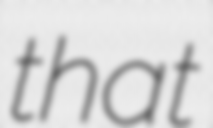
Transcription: that